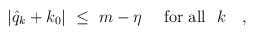
LaTeX: \begin{align*}\vert\hat q_{k}+k_{0}\vert\ \leq\ m-\eta\quad\mbox{ for all }\ k\quad,\end{align*}